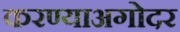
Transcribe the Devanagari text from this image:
करण्याअगोदर